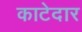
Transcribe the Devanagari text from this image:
काटेदार